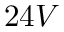
2 4 V